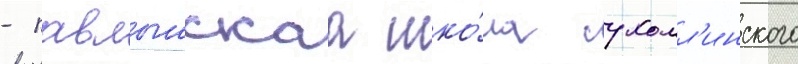
- павлышскаа шко́ла сухомл'инского